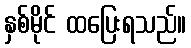
နှစ်မိုင် ထပြေးရသည်။